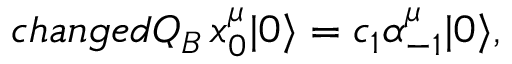
c h a n g e d Q _ { B } \, x _ { 0 } ^ { \mu } | 0 \rangle = c _ { 1 } \alpha _ { - 1 } ^ { \mu } | 0 \rangle ,